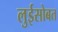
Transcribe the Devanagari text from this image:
लुईसोबत